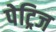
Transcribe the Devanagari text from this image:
पेट्रिज